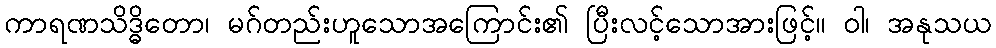
ကာရဏသိဒ္ဓိတော၊ မဂ်တည်းဟူသောအကြောင်း၏ ပြီးလင့်သောအားဖြင့်။ ဝါ၊ အနုသယ